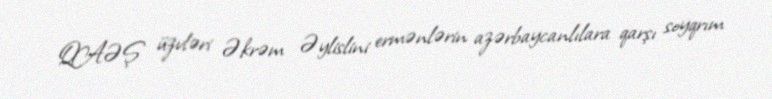
QAƏŞ üzvləri Əkrəm Əylislini ermənlərin azərbaycanlılara qarşı soyqrım